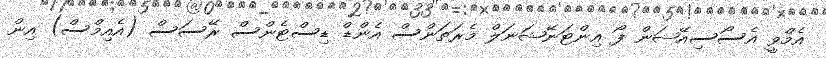
އެމްވީ އެސޯސިއޭޝަން ފޯ އިންޓަނޭޝަނަލް މެރަތަންސް އެންޑް ޑިސްޓެންސް ރޭސަސް (އެއިމްސް) އިން